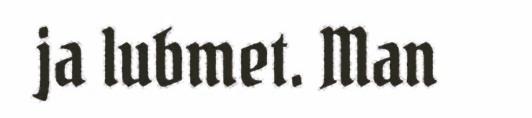
ja lubmet. Man